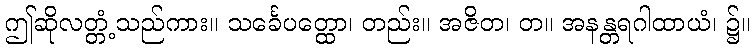
ဤဆိုလတ္တံ့သည်ကား။ သင်္ခေပတ္ထော၊ တည်း။ အဇိတ၊ တ။ အနန္တရဂါထာယံ၊ ၌။